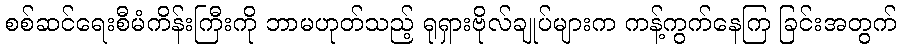
စစ်ဆင်ရေးစီမံကိန်းကြီးကို ဘာမဟုတ်သည့် ရုရှားဗိုလ်ချုပ်များက ကန့်ကွက်နေကြ ခြင်းအတွက်